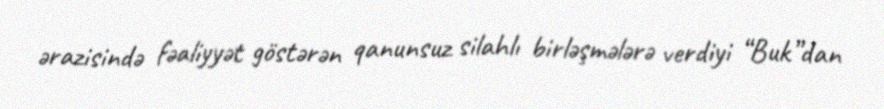
ərazisində fəaliyyət göstərən qanunsuz silahlı birləşmələrə verdiyi “Buk”dan